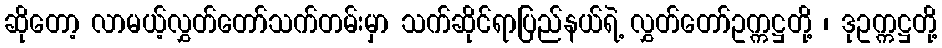
ဆိုတော့ လာမယ့်လွှတ်တော်သက်တမ်းမှာ သက်ဆိုင်ရာပြည်နယ်ရဲ့ လွှတ်တော်ဥက္ကဋ္ဌတို့ ၊ ဒုဥက္ကဋ္ဌတို့